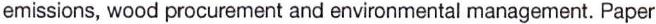
emissions, wood procurement and environmental management. Paper